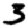
Digit: 3